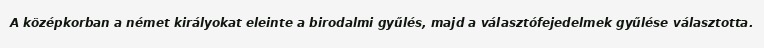
A középkorban a német királyokat eleinte a birodalmi gyűlés, majd a választófejedelmek gyűlése választotta.